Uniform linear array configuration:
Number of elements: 16
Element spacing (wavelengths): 0.25
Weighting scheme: uniform
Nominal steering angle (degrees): -30
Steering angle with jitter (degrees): -31.95
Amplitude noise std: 0.05
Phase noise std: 0.05

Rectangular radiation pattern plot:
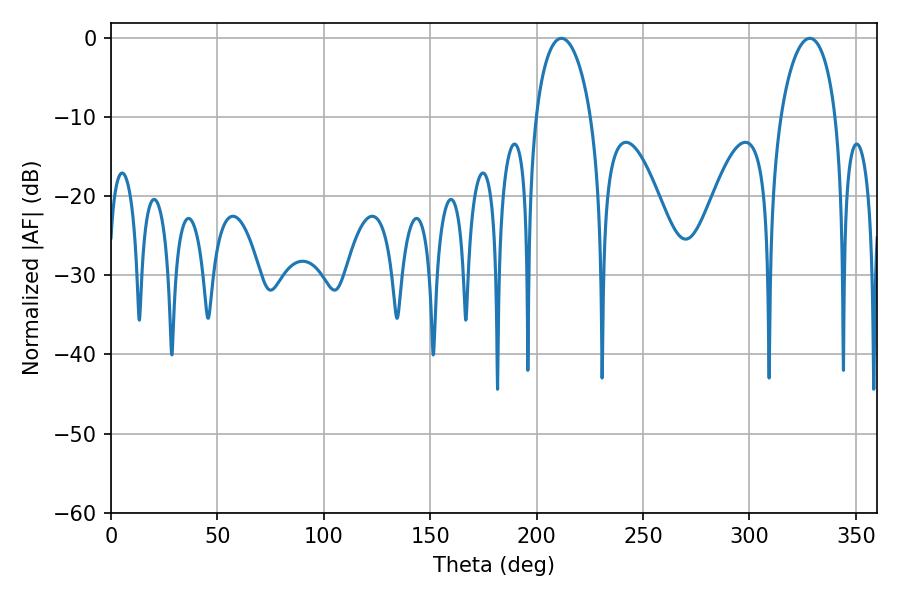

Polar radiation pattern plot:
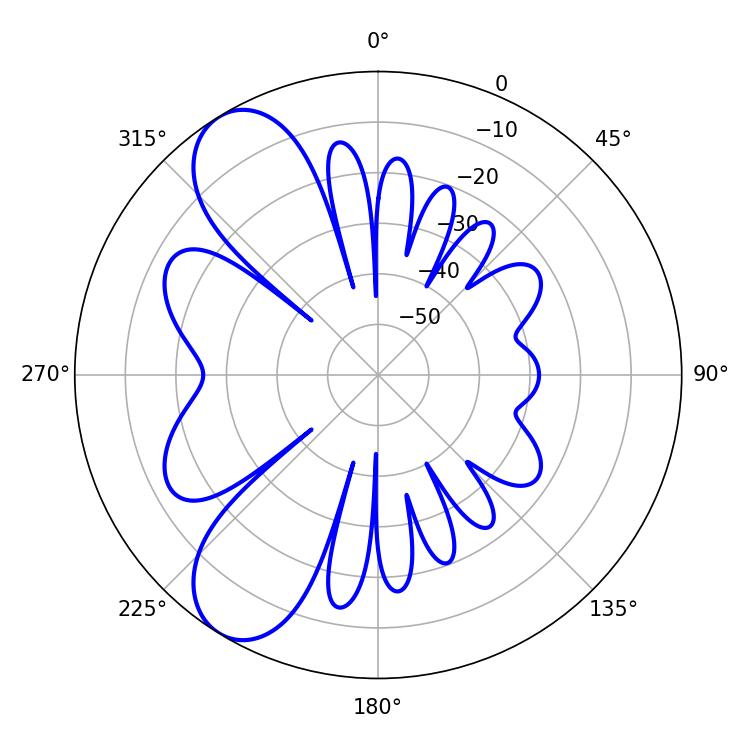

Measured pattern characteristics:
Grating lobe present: FALSE
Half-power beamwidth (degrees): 14.94
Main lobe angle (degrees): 328.32